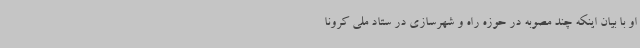
او با بیان اینکه چند مصوبه در حوزه راه و شهرسازی در ستاد ملی کرونا